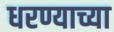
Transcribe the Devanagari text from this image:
धरण्याच्या